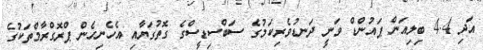
އަދި 4.4 ބިލިއަން ޕައުންޑް ވަނީ ދަނޑުވެރިކަމުގެ ސަބްސިޑީސްގެ ގޮތުގަޔާއި އެހެނިހެން ޕްރޮގްރާމްތަކުގެ